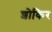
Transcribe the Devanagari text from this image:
शोकिर